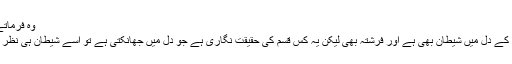
وہ فرماتے ہیں :
’’انسان کے دل میں شیطان بھی ہے اور فرشتہ بھی لیکن یہ کس قسم کی حقیقت نگاری ہے جو دل میں جھانکتی ہے تو اسے شیطان ہی نظر آتا ہے۔